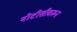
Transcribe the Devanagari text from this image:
नोटीसीवरुन